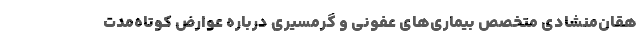
هقان‌منشادی متخصص بیماری‌های عفونی و گرمسیری درباره عوارض کوتاه‌مدت